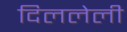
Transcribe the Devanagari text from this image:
दिललेली